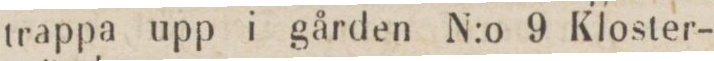
trappa upp i gården N:o 9 Kloster-